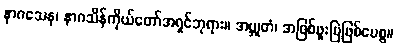
နာဂသေန၊ နာဂသိန်ကိုယ်တော်အရှင်ဘုရား။ အဗ္ဘုတံ၊ အဖြစ်ဖူးမြဲဖြစ်ပေစွ။